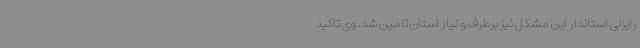
رایزنی استاندار این مشکل نیز برطرف و نیاز استان تامین شد. وی تاکید